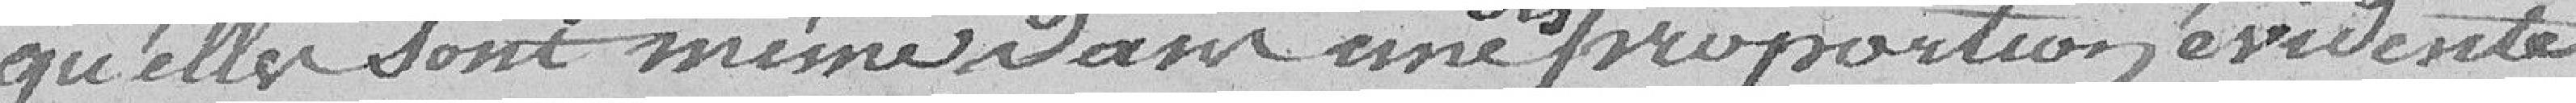
qu'elles sont mêmes dans une disproportion évidente